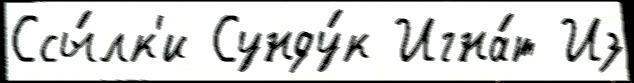
Ссы́лк'и Сунду́к Игна́т Из